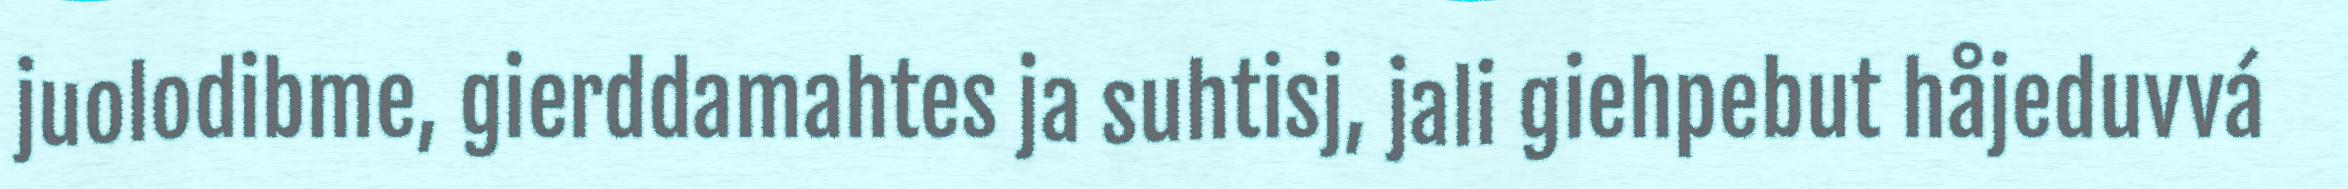
juolodibme, gierddamahtes ja suhtisj, jali giehpebut håjeduvvá